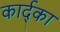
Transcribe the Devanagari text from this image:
कार्द्का